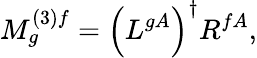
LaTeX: M_{g}^{(3)f}={\left(L^{gA}\right)}^{\dagger}R^{fA},